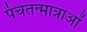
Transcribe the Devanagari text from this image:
पंचतन्मात्राओं